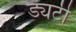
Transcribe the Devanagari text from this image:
ड्यटी